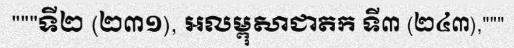
"""ទី២ (២៣១), អលម្ពុសាជាតក ទី៣ (២៤៣),"""